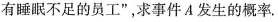
有睡眠不足的员工”，求事件A发生的概率.